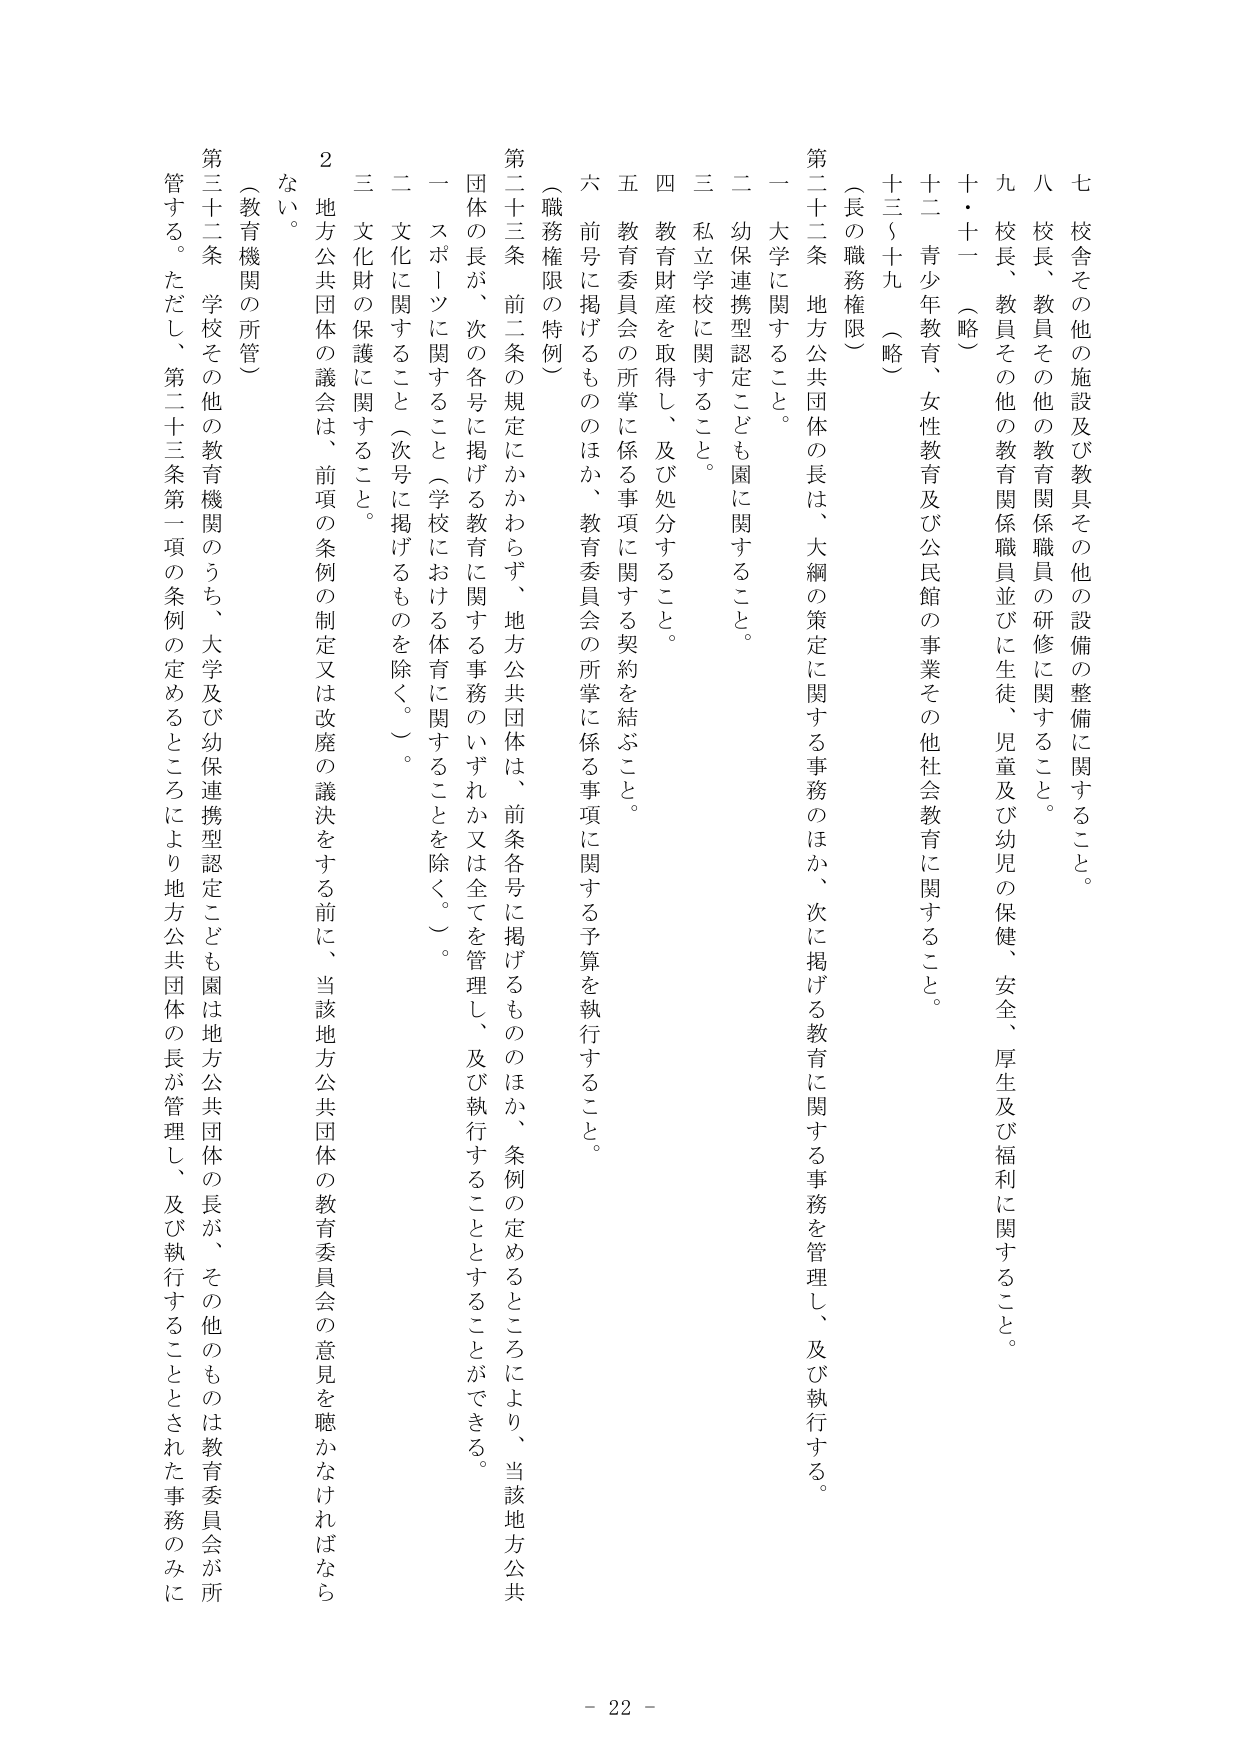
七 校舎その他の施設及び教具その他の設備の整備に関すること。

八 校長、教員その他の教育関係職員の研修に関すること。

九 校長、教員その他の教育関係職員並びに生徒、児童及び幼児の保健、安全、厚生及び福利に関すること。

十・十一 （略）

十二 青少年教育、女性教育及び公民館の事業その他社会教育に関すること。

十三〜十九 （略）

（長の職務権限）

第二十二条 地方公共団体の長は、大綱の策定に関する事務のほか、次に掲げる教育に関する事務を管理し、及び執行する。

一 大学に関すること。

二 幼保連携型認定こども園に関すること。

三 私立学校に関すること。

四 教育財産を取得し、及び処分すること。

五 教育委員会の所掌に係る事項に関する契約を結ぶこと。

六 前号に掲げるもののほか、教育委員会の所掌に係る事項に関する予算を執行すること。

（職務権限の特例）

第二十三条 前二条の規定にかかわらず、地方公共団体は、前条各号に掲げるもののほか、条例の定めるところにより、当該地方公共団体の長が、次の各号に掲げる教育に関する事務のいずれか又は全てを管理し、及び執行することとすることができる。

一 スポーツに関すること（学校における体育に関することを除く。）。

二 文化に関すること（次号に掲げるものを除く。）。

三 文化財の保護に関すること。

２ 地方公共団体の議会は、前項の条例の制定又は改廃の議決をする前に、当該地方公共団体の教育委員会の意見を聴かなければならない。

（教育機関の所管）

第三十二条 学校その他の教育機関のうち、大学及び幼保連携型認定こども園は地方公共団体の長が、その他のものは教育委員会が所管する。ただし、第二十三条第一項の条例の定めるところにより地方公共団体の長が管理し、及び執行することとされた事務のみに

- 22 -